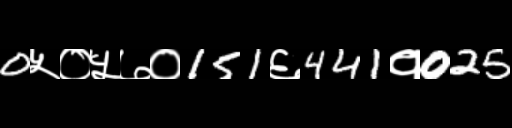
Text: 0५०५७०151६441१025